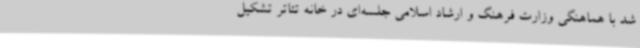
شد با هماهنگی وزارت فرهنگ و ارشاد اسلامی جلسه‌ای در خانه تئاتر تشکیل